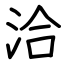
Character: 洽